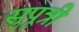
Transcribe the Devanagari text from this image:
सुपूत्री